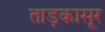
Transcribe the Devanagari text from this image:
ताड़कासूर